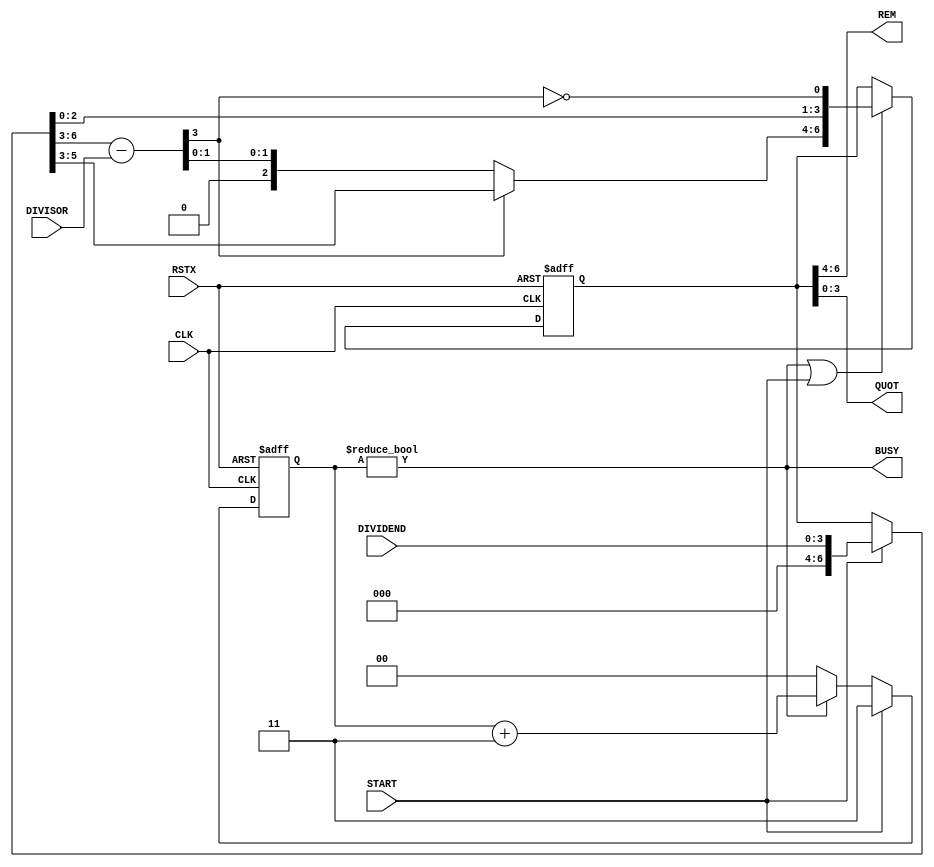
module div #(
 parameter BW_CNT  = 'd2,
           BW_DEND = 'd4,
           BW_DSOR = 'd3) (
 input                RSTX,
 input                CLK,
 input  [BW_DSOR-1:0] DIVISOR,
 input  [BW_DEND-1:0] DIVIDEND,
 input                START,
 output [BW_DSOR-1:0] REM,
 output [BW_DEND-1:0] QUOT,
 output               BUSY
);

reg [BW_CNT-1:0] cnt;
assign BUSY = cnt != {BW_CNT{1'b0}};
always @(posedge CLK or negedge RSTX)
  if (!RSTX)      cnt <= {BW_CNT{1'b0}};
  else if (START) cnt <= BW_DEND - 1;
  else if (BUSY)  cnt <= cnt + {BW_CNT{1'b1}};
  else            cnt <= {BW_CNT{1'b0}};

reg [BW_DEND+BW_DSOR-1:0] shift_reg;
wire [BW_DEND+BW_DSOR-1:0] minuend = START ? { {BW_DSOR{1'b0}}, DIVIDEND }
                                   :         shift_reg;

wire [BW_DSOR:0] diff = minuend[BW_DEND+BW_DSOR-1:BW_DEND-1]
                      - {1'b0, DIVISOR};

always @(posedge CLK or negedge RSTX)
  if (!RSTX)
    shift_reg <= {(BW_DEND+BW_DSOR){1'b0}};
  else if (BUSY || START)
    shift_reg <=
    {   diff[BW_DSOR]
      ? minuend[BW_DEND+BW_DSOR-2:BW_DEND-1]
      : diff[BW_DSOR-2:0]
    , minuend[BW_DEND-2:0]
    , !diff[BW_DSOR] };

assign QUOT = shift_reg[BW_DEND-1:0];
assign REM  = shift_reg[BW_DSOR+BW_DEND-1:BW_DEND];

endmodule